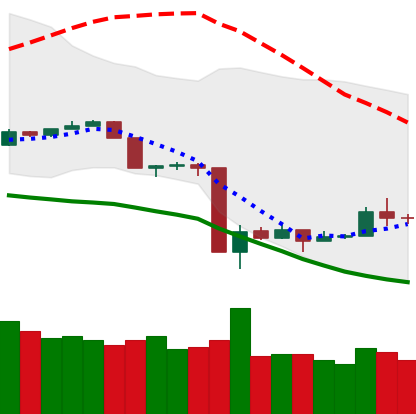
Ticker: TRX-USD
Chart end date: 2020-03-21
Forward return: 5.717%
Label: up_5_7